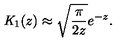
{ \mathit { K } } _ { 1 } ( z ) \approx \sqrt { \frac { \pi } { 2 z } } e ^ { - z } .